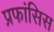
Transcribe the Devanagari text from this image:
प्रफांसिस